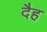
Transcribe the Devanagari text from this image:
दैह